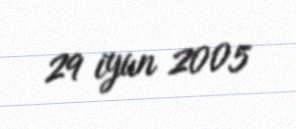
29 iyun 2005